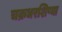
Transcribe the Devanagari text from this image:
चक्रधरशिष्या